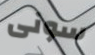
سونى